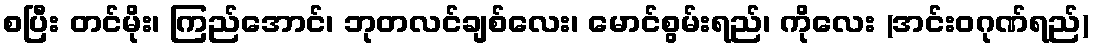
စပြီး တင်မိုး၊ ကြည်အောင်၊ ဘုတလင်ချစ်လေး၊ မောင်စွမ်းရည်၊ ကိုလေး (အင်းဝဂုဏ်ရည်)